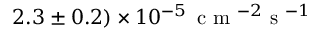
2 . 3 \pm 0 . 2 ) \times 1 0 ^ { - 5 } \, \textrm { c m } ^ { - 2 } \textrm { s } ^ { - 1 }